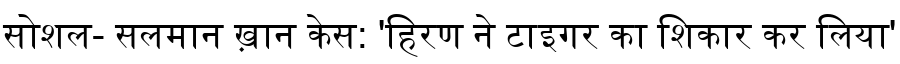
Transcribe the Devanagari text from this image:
सोशल- सलमान ख़ान केस: 'हिरण ने टाइगर का शिकार कर लिया'